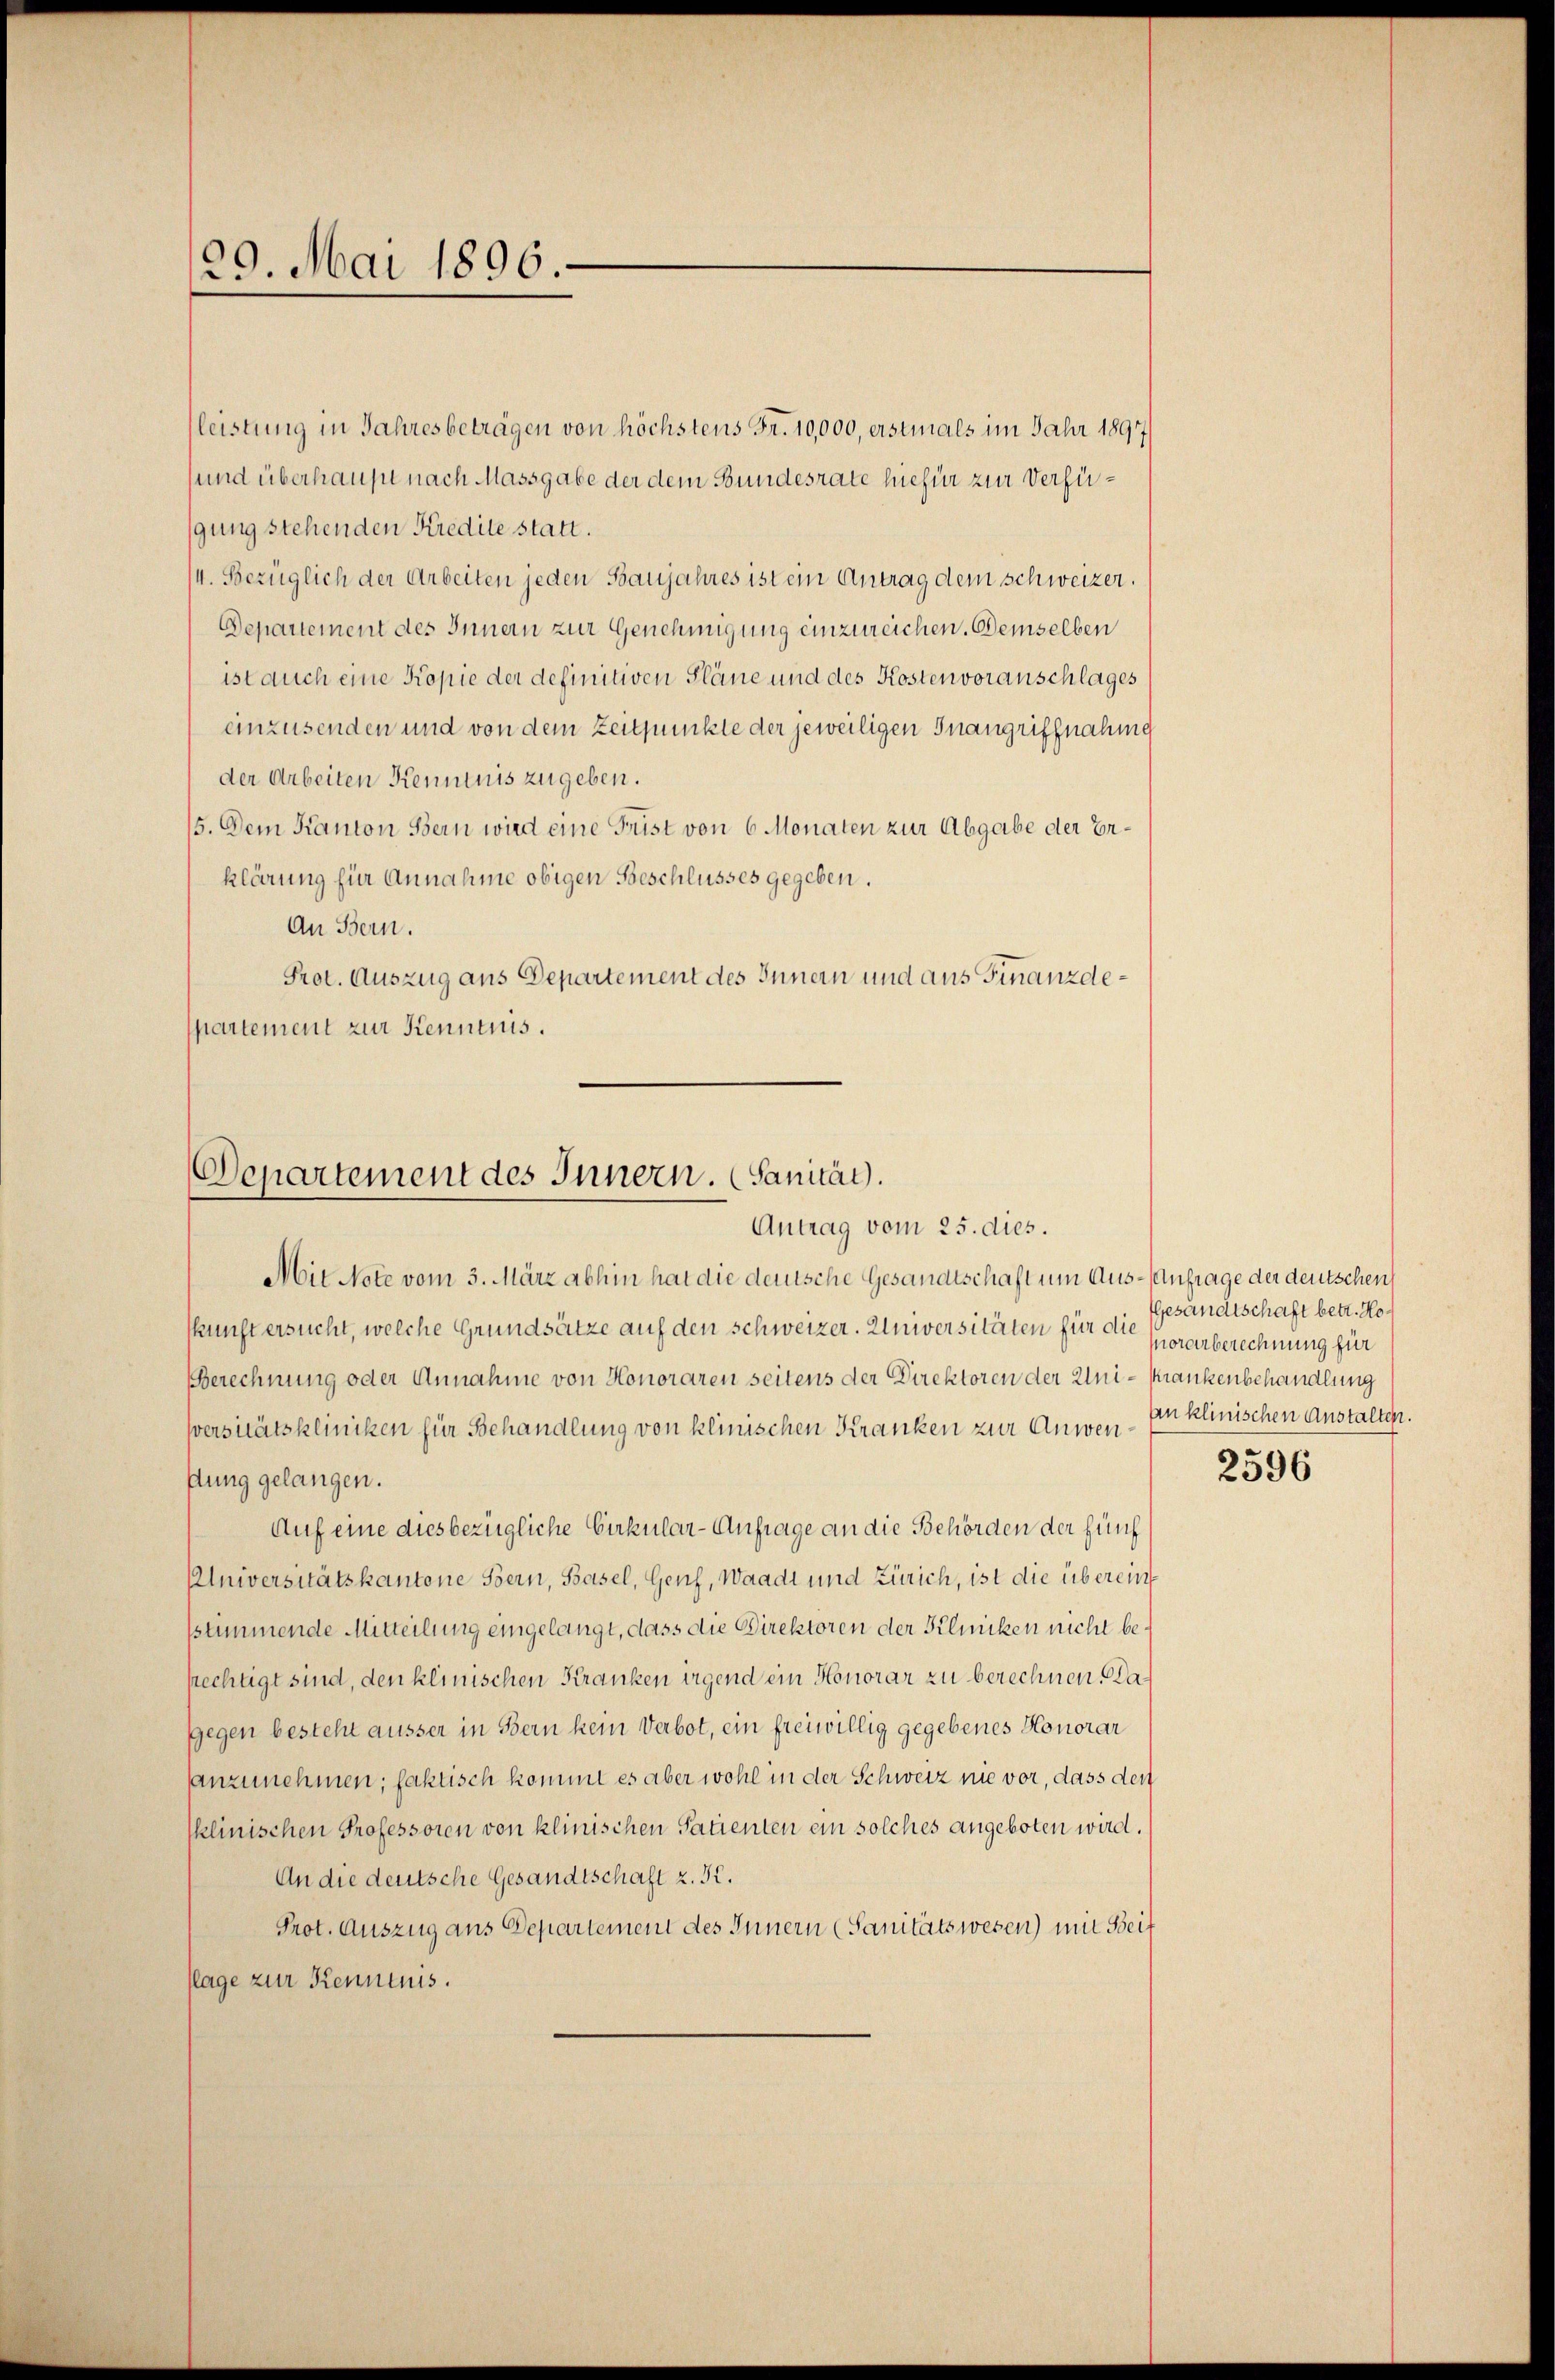
29. Mai 1896.

leistung in Jahresbeträgen von höchstens Fr. 10,000, erstmals im Jahr 1897
sund überhaupt nach Massgabe der dem Bundesrate hiefür zur Verfügung stehenden Kredite statt.
/4. Bezüglich der Arbeiten jeden Banjahres ist ein Antrag dem schweizer.
Departement des Innern zur Genehmigung einzureichen. Demselben
ist auch eine Kopie der definitiven Pläne und des Kostenvoranschlages
einzusenden und von dem Zeitpunkte der jeweiligen Inangriffnahmg
der Arbeiten Kenntnis zugeben.
15. Dem Kanton Bern wird eine Frist von 6 Monaten zur Abgabe der Erklärung für Annahme obigen Beschlusses gegeben.
An Bern.
Prot. Auszug aus Departement des Innern und aus Finanzdespartement zur Kenntnis.

Departement des Innern. (Sanität.
Antrag vom 25. dies.

Mit Note vom 3. März abhin hat die deutsche Gesandtschaft um Aus- Anfrage der deutschen
kkunft ersucht, welche Grundsätze auf den schweizer. Universitäten für die
Berechnung oder Annahme von Honoraren seitens der Direktoren der Uni-Krankenbehandlung
sversitätskliniken für Behandlung von klinischen Kranken zur Anwenftung gelangen.
Auf eine diesbezügliche Cirkular-Anfrage an die Behörden der fünf
Universitätskantone Bern, Basel, Genf, Waadt und Zürich, ist die überein
sstimmende Mitteilung eingelangt, dass die Direktoren der Klincken nicht behechtigt sind, den klinischen Kranken irgend ein Honorar zu berechnen, da¬
Gegen besteht äusser in Bern kein Verbot, ein freiwillig gegebenes Honorar
anzunehmen; faktisch kommt es aber wohl in der Schweiz nie vor, dass den
sklinischen Professoren von klinischen Patienten ein solches angeboten wird.
An die deutsche Gesandtschaft z. B.
Prot. Auszug aus Departement des Innern (Sanitätswesen) mit Beif
flage zur Kenntnis.

Gesandtschaft betr. Ho
Morarberechnung für
an klinischen Anstalten.

2596